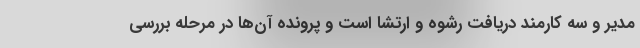
مدیر و سه کارمند دریافت رشوه و ارتشا است و پرونده آن‌ها در مرحله بررسی